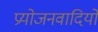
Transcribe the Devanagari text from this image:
प्रयोजनवादियों